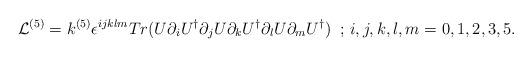
LaTeX: \begin{align*}{\cal L}^{(5)}= k^{(5)} \epsilon^{ijklm} Tr(U\partial_{i} U^{\dag}\partial_{j} U \partial_{k} U^{\dag}\partial_{l} U \partial_{m} U^{\dag})\,\,\,;\,i,j,k,l,m=0,1,2,3,5.\end{align*}